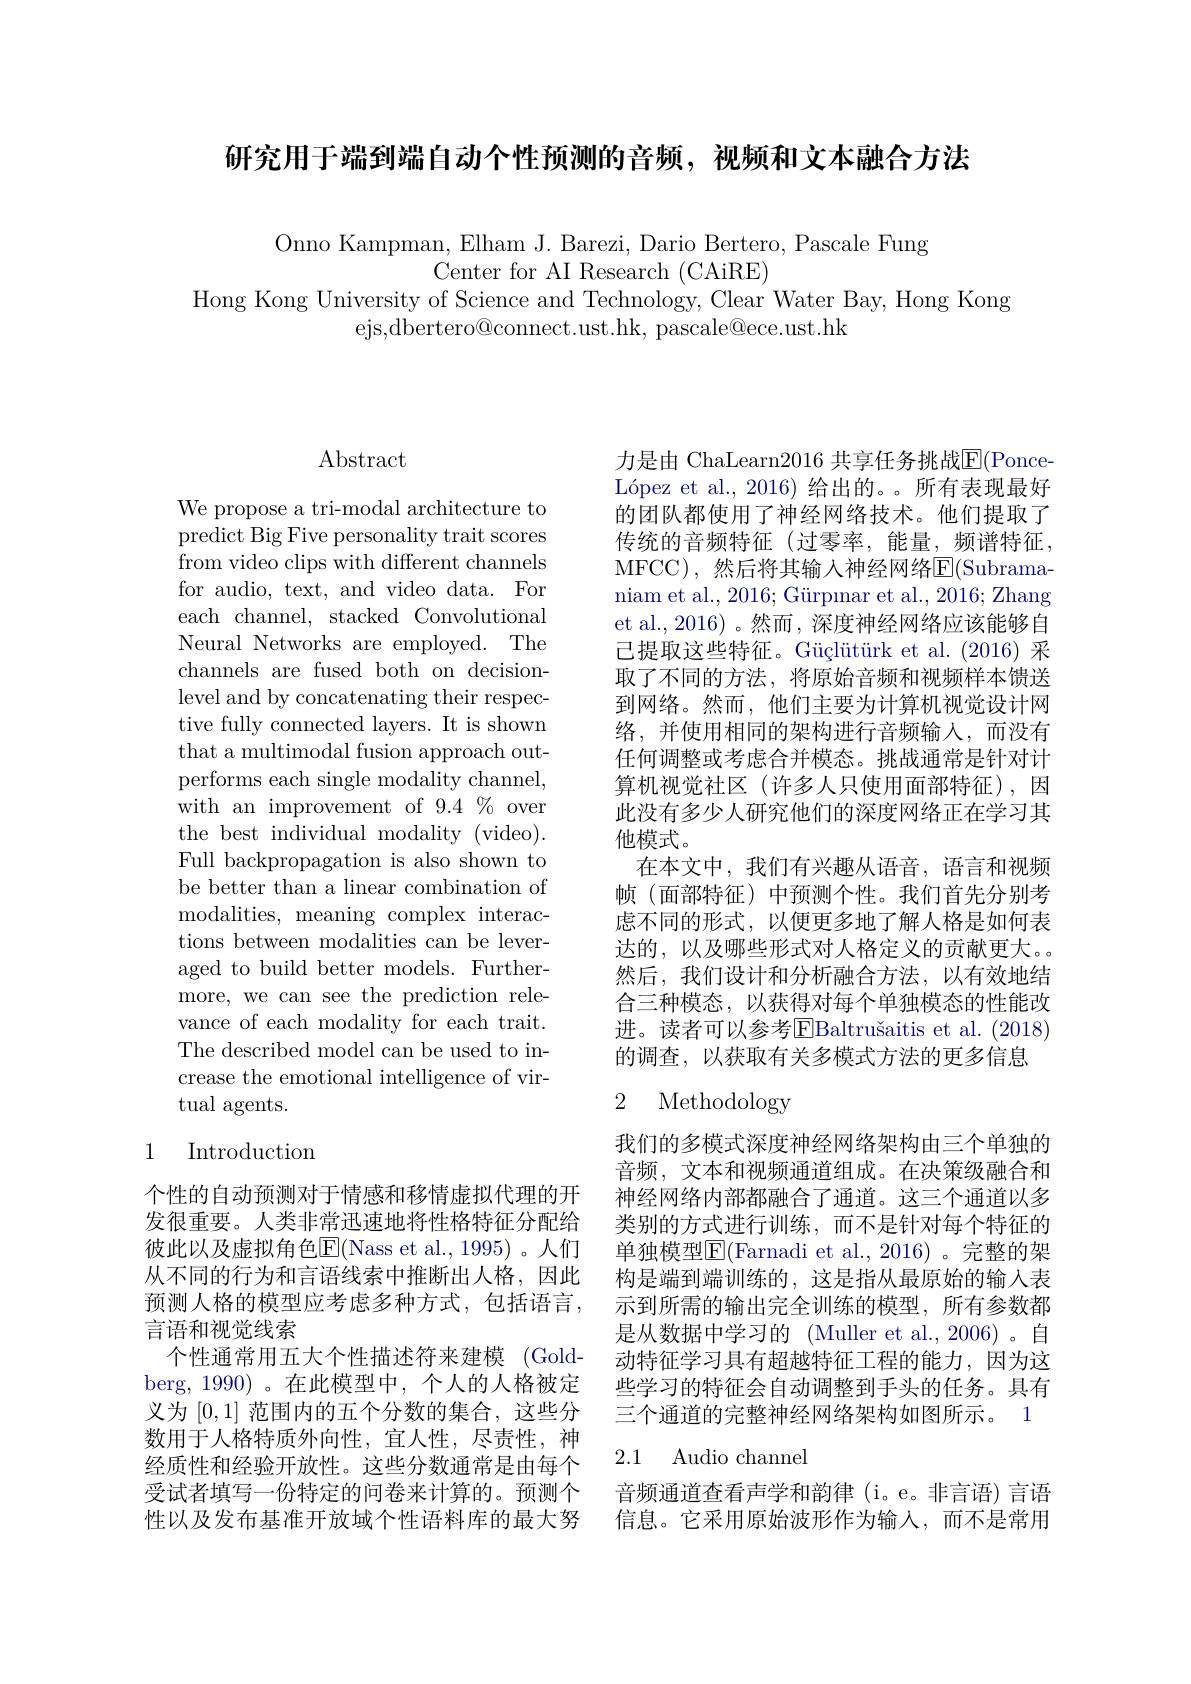
研究用于端到端自动个性预测的音频，视频和文本融合方法

Onno Kampman, Elham J. Barezi, Dario Bertero, Pascale Fung
Center for AI Research (CAiRE)
Hong Kong University of Science and Technology, Clear Water Bay, Hong Kong
ejs,dbertero@connect.ust.hk, pascale@ece.ust.hk

## $\operatorname{Abstract}$

We propose a tri-modal architecture to predict Big Five personality trait scores from video clips with different channels for audio, text, and video data. For each channel, stacked Convolutional Neural Networks are employed. The channels are fused both on decisionlevel and by concatenating their respective fully connected layers. It is shown that a multimodal fusion approach outperforms each single modality channel, with an improvement of $9.4\%$ over the best individual modality (video). Full backpropagation is also shown to be better than a linear combination of modalities, meaning complex interac- tions between modalities can be leveraged to build better models. Furthermore, we can see the prediction relevance of each modality for each trait. The described model can be used to increase the emotional intelligence of virtual agents.

### 1 Introduction

个性的自动预测对于情感和移情虚拟代理的开发很重要。人类非常迅速地将性格特征分配给彼此以及虚拟角色E(Nass et al.,1995)。人们从不同的行为和言语线索中推断出人格，因此预测人格的模型应考虑多种方式，包括语言， 言语和视觉线索
个性通常用五大个性描述符来建模 (Goldberg, 1990) 。在此模型中，个人的人格被定义为[0,1]范围内的五个分数的集合，这些分数用于人格特质外向性，宜人性，尽责性，神经质性和经验开放性。这些分数通常是由每个受试者填写一份特定的问卷来计算的。预测个 音频通道查看声学和韵律 (i。e。非言语) 言语性以及发布基准开放域个性语料库的最大努 信息。它采用原始波形作为输入，而不是常用

力是由 ChaLearn2016 共享任务挑战$\overline{\mathrm{E}}($PonceLópez et al., 2016) 给出的。。所有表现最好的团队都使用了神经网络技术。他们提取了传统的音频特征(过零率，能量，频谱特征， MFCC),然后将其输入神经网络$\overline{\mathrm{E}}($Subramaniam et al., 2016; Gürpınar et al., 2016; Zhang et al., 2016) 。然而 , 深度神经网络应该能够自已提取这些特征。Güçlütürk et al.(2016) 采取了不同的方法，将原始音频和视频样本馈送到网络。然而，他们主要为计算机视觉设计网络，并使用相同的架构进行音频输人，而没有任何调整或考虑合并模态。挑战通常是针对计算机视觉社区(许多人只使用面部特征),因此没有多少人研究他们的深度网络正在学习其他模式。
在本文中，我们有兴趣从语音，语言和视频帧(面部特征)中预测个性。我们首先分别考虑不同的形式，以便更多地了解人格是如何表达的，以及哪些形式对人格定义的贡献更大。然后，我们设计和分析融合方法，以有效地结合三种模态，以获得对每个单独模态的性能改进。读者可以参考$\overline{\mathrm{E}}$Baltrušaitis et al.(2018) 的调查，以获取有关多模式方法的更多信息

## 2 Methodology

我们的多模式深度神经网络架构由三个单独的音频，文本和视频通道组成。在决策级融合和神经网络内部都融合了通道。这三个通道以多类别的方式进行训练，而不是针对每个特征的单独模型E(Farnadi et al.,2016) 。完整的架构是端到端训练的，这是指从最原始的输入表示到所需的输出完全训练的模型，所有参数都是从数据中学习的 (Muller et al., 2006)。自动特征学习具有超越特征工程的能力，因为这些学习的特征会自动调整到手头的任务。具有三个通道的完整神经网络架构如图所示。1

## 2.1 Audio channel